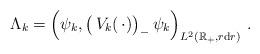
LaTeX: \begin{align*} \Lambda_k = \left(\psi_k, \big(\,V_k(\,\cdot)\big)_- \, \psi_k\right)_{L^2(\mathbb{R}_+, r \mathrm{d}r)}\,.\end{align*}